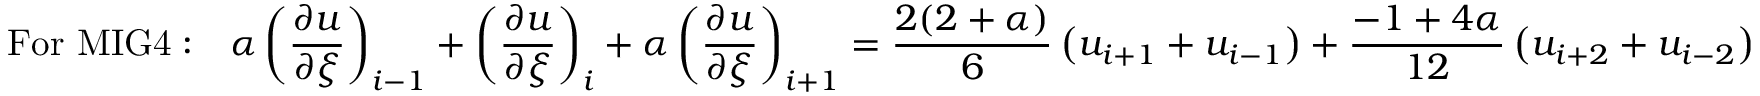
\mathrm { F o r ~ M I G 4 : } \quad \alpha \left( \frac { \partial u } { \partial \xi } \right) _ { i - 1 } + \left( \frac { \partial u } { \partial \xi } \right) _ { i } + \alpha \left( \frac { \partial u } { \partial \xi } \right) _ { i + 1 } = \frac { 2 ( 2 + \alpha ) } { 6 } \left( u _ { i + 1 } + u _ { i - 1 } \right) + \frac { - 1 + 4 \alpha } { 1 2 } \left( u _ { i + 2 } + u _ { i - 2 } \right)